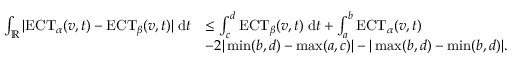
\begin{array} { r l } { \int _ { \mathbb { R } } | \mathrm { E C T } _ { \alpha } ( v , t ) - \mathrm { E C T } _ { \beta } ( v , t ) | \; \mathrm { d } t } & { \leq \int _ { c } ^ { d } \mathrm { E C T } _ { \beta } ( v , t ) \; \mathrm { d } t + \int _ { a } ^ { b } \mathrm { E C T } _ { \alpha } ( v , t ) } \\ & { - 2 | \operatorname* { m i n } ( b , d ) - \operatorname* { m a x } ( a , c ) | - | \operatorname* { m a x } ( b , d ) - \operatorname* { m i n } ( b , d ) | . } \end{array}